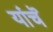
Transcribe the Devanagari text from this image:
यांचॆ